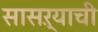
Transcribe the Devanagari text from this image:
सासऱ्याची